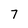
Character: 7